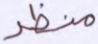
منظر